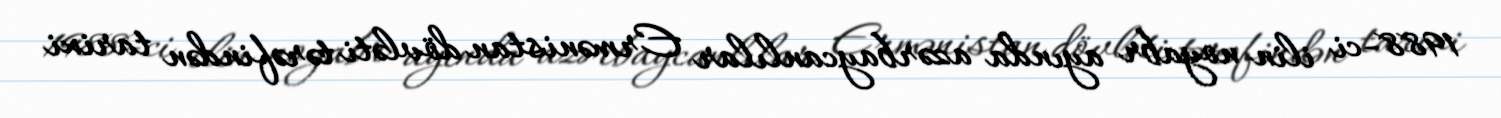
1988-ci ilin noyabr ayında azərbaycanlılar Ermənistan dövləti tərəfindən tarixi